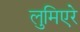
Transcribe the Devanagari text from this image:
लुमिएरे